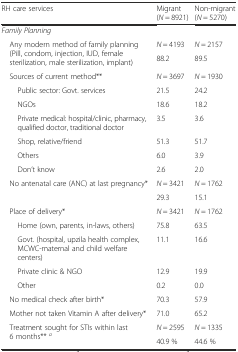
<table><thead><tr><td><b>RH care services</b></td><td><b>Migrant (<i>N</i> = 8921)</b></td><td><b>Non-migrant (<i>N</i> = 5270)</b></td></tr></thead><tbody><tr><td colspan="3"><i>Family Planning</i></td></tr><tr><td rowspan="2"> Any modern method of family planning (Pill, condom, injection, IUD, female sterilization, male sterilization, implant)</td><td><i>N</i> = 4193</td><td><i>N</i> = 2157</td></tr><tr><td>88.2</td><td>89.5</td></tr><tr><td> Sources of current method**</td><td><i>N</i> = 3697</td><td><i>N</i> = 1930</td></tr><tr><td>Public sector: Govt. services</td><td>21.5</td><td>24.2</td></tr><tr><td>NGOs</td><td>18.6</td><td>18.2</td></tr><tr><td>Private medical: hospital/clinic, pharmacy, qualified doctor, traditional doctor</td><td>3.5</td><td>3.6</td></tr><tr><td>Shop, relative/friend</td><td>51.3</td><td>51.7</td></tr><tr><td>Others</td><td>6.0</td><td>3.9</td></tr><tr><td>Don’t know</td><td>2.6</td><td>2.0</td></tr><tr><td rowspan="2"> No antenatal care (ANC) at last pregnancy*</td><td><i>N</i> = 3421</td><td><i>N</i> = 1762</td></tr><tr><td>29.3</td><td>15.1</td></tr><tr><td> Place of delivery*</td><td><i>N</i> = 3421</td><td><i>N</i> = 1762</td></tr><tr><td>Home (own, parents, in-laws, others)</td><td>75.8</td><td>63.5</td></tr><tr><td>Govt. (hospital, upzila health complex, MCWC-maternal and child welfare centers)</td><td>11.1</td><td>16.6</td></tr><tr><td>Private clinic &amp; NGO</td><td>12.9</td><td>19.9</td></tr><tr><td>Other</td><td>0.2</td><td>0.0</td></tr><tr><td> No medical check after birth*</td><td>70.3</td><td>57.9</td></tr><tr><td> Mother not taken Vitamin A after delivery*</td><td>71.0</td><td>65.2</td></tr><tr><td rowspan="2"> Treatment sought for STIs within last 6 months** <sup><i>a</i></sup></td><td><i>N</i> = 2595</td><td><i>N</i> = 1335</td></tr><tr><td>40.9 %</td><td>44.6 %</td></tr></tbody></table>